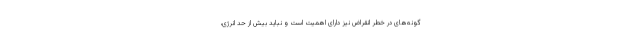
گونه‌های در خطر انقراض نیز دارای اهمیت است و نباید بیش از حد انرژی،